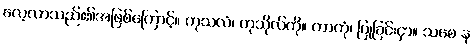
လေ့လာသည်၏အဖြစ်ကြောင့်။ ကုသလံ၊ ကုသိုလ်ကို။ ကာတုံ၊ ပြုခြင်းငှာ။ သစေ န